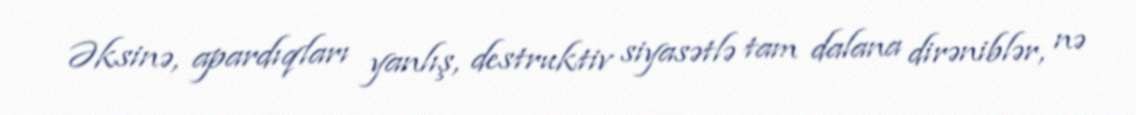
Əksinə, apardıqları yanlış, destruktiv siyasətlə tam dalana dirəniblər, nə